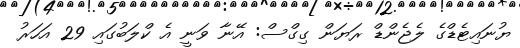
ޔުނައިޓެޑްގެ ލެޖެންޑް ރަޔަން ގިގްސް: އޭނާ ވަނީ އެ ކްލަބުގައި 29 އަހަރު